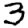
Digit: 3